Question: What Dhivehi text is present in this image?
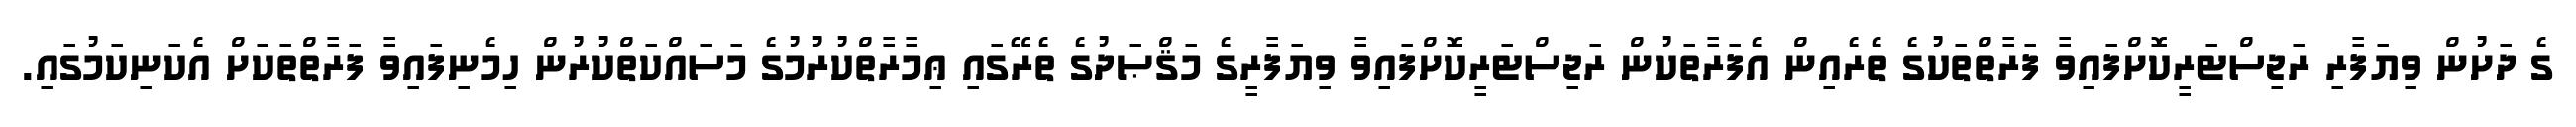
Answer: ގެ ދަށުން ވިޔަފާރި ރަޖިސްޓަރީކޮށްފައިވާ ފަރާތްތަކުގެ ތެރެއިން އެފަރާތަކުން ރަޖިސްޓަރީކޮށްފައިވާ ވިޔަފާރީގެ މަޤްޞަދުގެ ތެރޭގައި ޢިމާރާތްކުރުމުގެ މަސައްކަތްކުރުން ހިމެނިފައިވާ ފަރާތްތަކަށް އެކަނިކަމުގައި.